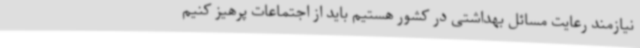
نیازمند رعایت مسائل بهداشتی در کشور هستیم باید از اجتماعات پرهیز کنیم